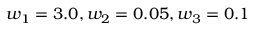
w _ { 1 } = 3 . 0 , w _ { 2 } = 0 . 0 5 , w _ { 3 } = 0 . 1